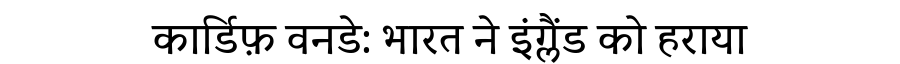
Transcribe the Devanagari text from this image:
कार्डिफ़ वनडे: भारत ने इंग्लैंड को हराया